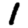
Digit: 1